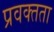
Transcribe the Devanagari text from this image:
प्रवक्तता